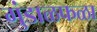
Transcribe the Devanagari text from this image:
गुंडाळफळा